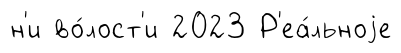
н'и во́лост'и 2023 Р'еа́льноjе